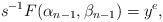
LaTeX: \begin{align*}s^{-1}F(\alpha_{n-1}, \beta_{n-1})=y^e,\end{align*}